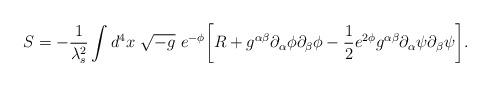
LaTeX: \begin{align*}S= - \frac{1}{\lambda^2_{s}}\int d^4 x ~\sqrt{-g} ~e^{-\phi} \biggl[ R + g^{\alpha\beta}\partial_{\alpha}\phi\partial_{\beta} \phi - \frac{1}{2} e^{2 \phi} g^{\alpha\beta}\partial_{\alpha}\psi\partial_{\beta}\psi \biggr].\end{align*}